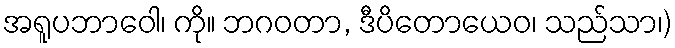
အရူပဘာဝေါ၊ ကို။ ဘဂဝတာ, ဒီပိတောယေဝ၊ သည်သာ၊)